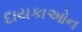
દાયકાઓન